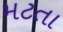
મટતા